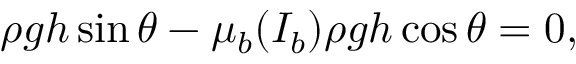
\rho g h \sin \theta - \mu _ { b } ( I _ { b } ) \rho g h \cos \theta = 0 ,